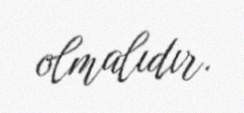
olmalıdır.